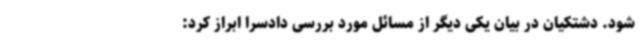
شود. دشتکیان در بیان یکی دیگر از مسائل مورد بررسی دادسرا ابراز کرد: